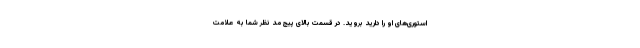
استوری‌های او را دارید بروید. در قسمت بالای پیج مد نظر شما به علامت